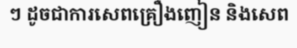
ៗ ដូចជាការសេពគ្រឿងញៀន និងសេព